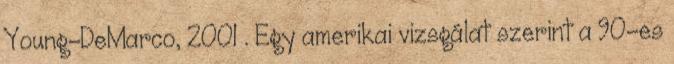
Young-DeMarco, 2001 . Egy amerikai vizsgálat szerint a 90-es